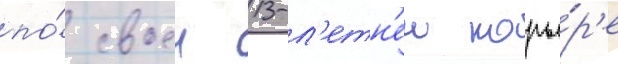
по́ своеи 13-л'етн'еи карье́р'е